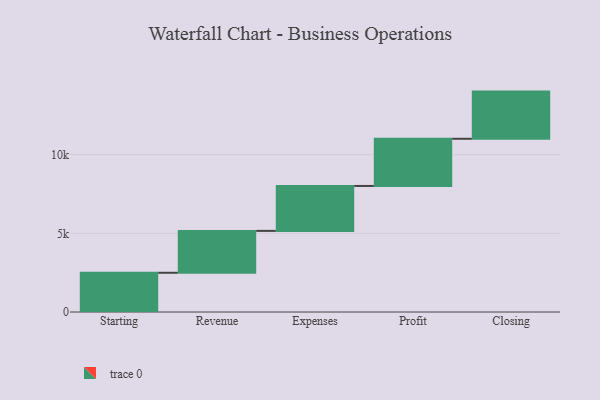
{"axis": {"x": "Step", "y": "Value"}, "legend": [""], "data": [{"x": "Starting", "y": 2494.0, "type": ""}, {"x": "Revenue", "y": 2664.0, "type": ""}, {"x": "Expenses", "y": 2856.0, "type": ""}, {"x": "Profit", "y": 3000, "type": ""}, {"x": "Closing", "y": 3000, "type": ""}]}